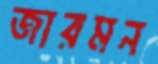
জারমন